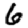
Digit: 6